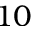
1 0